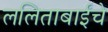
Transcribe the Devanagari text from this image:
ललिताबाईंचे